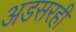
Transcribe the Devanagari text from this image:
अडसरही